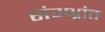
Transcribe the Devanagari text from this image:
संम्भ्रांत